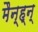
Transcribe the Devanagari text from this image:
मैन्ह्न्